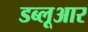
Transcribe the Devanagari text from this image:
डब्लूआर